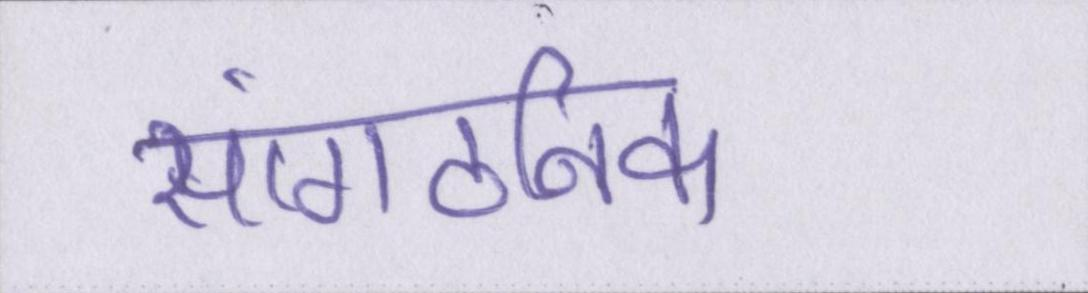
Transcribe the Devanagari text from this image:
सांगठनिक